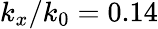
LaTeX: k_{x}/k_{0}=0.14